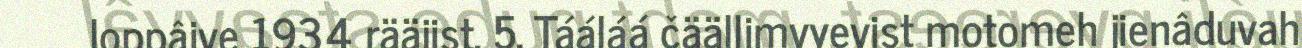
loppâive 1934 rääjist. 5. Tááláá čäällimvyevist motomeh jienâduvah